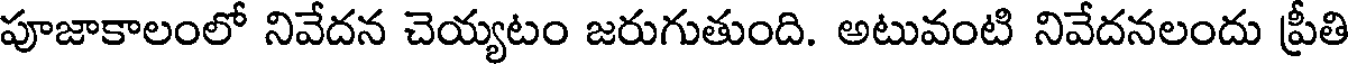
పూజాకాలంలో నివేదన చెయ్యటం జరుగుతుంది. అటువంటి నివేదనలందు ప్రీతి